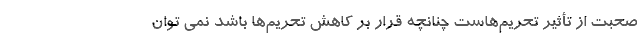
صحبت از تأثیر تحریم‌هاست چنانچه قرار بر کاهش تحریم‌ها باشد نمی توان